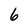
Character: 6